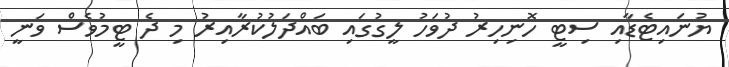
ޔުނައިޓެޑާއި ސިޓީ ހޮނިހިރު ދުވަހު ލީގުގައި ބައްދަލުކުރާއިރު މި ދެ ޓީމުވެސް ވަނީ